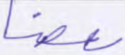
بعضا